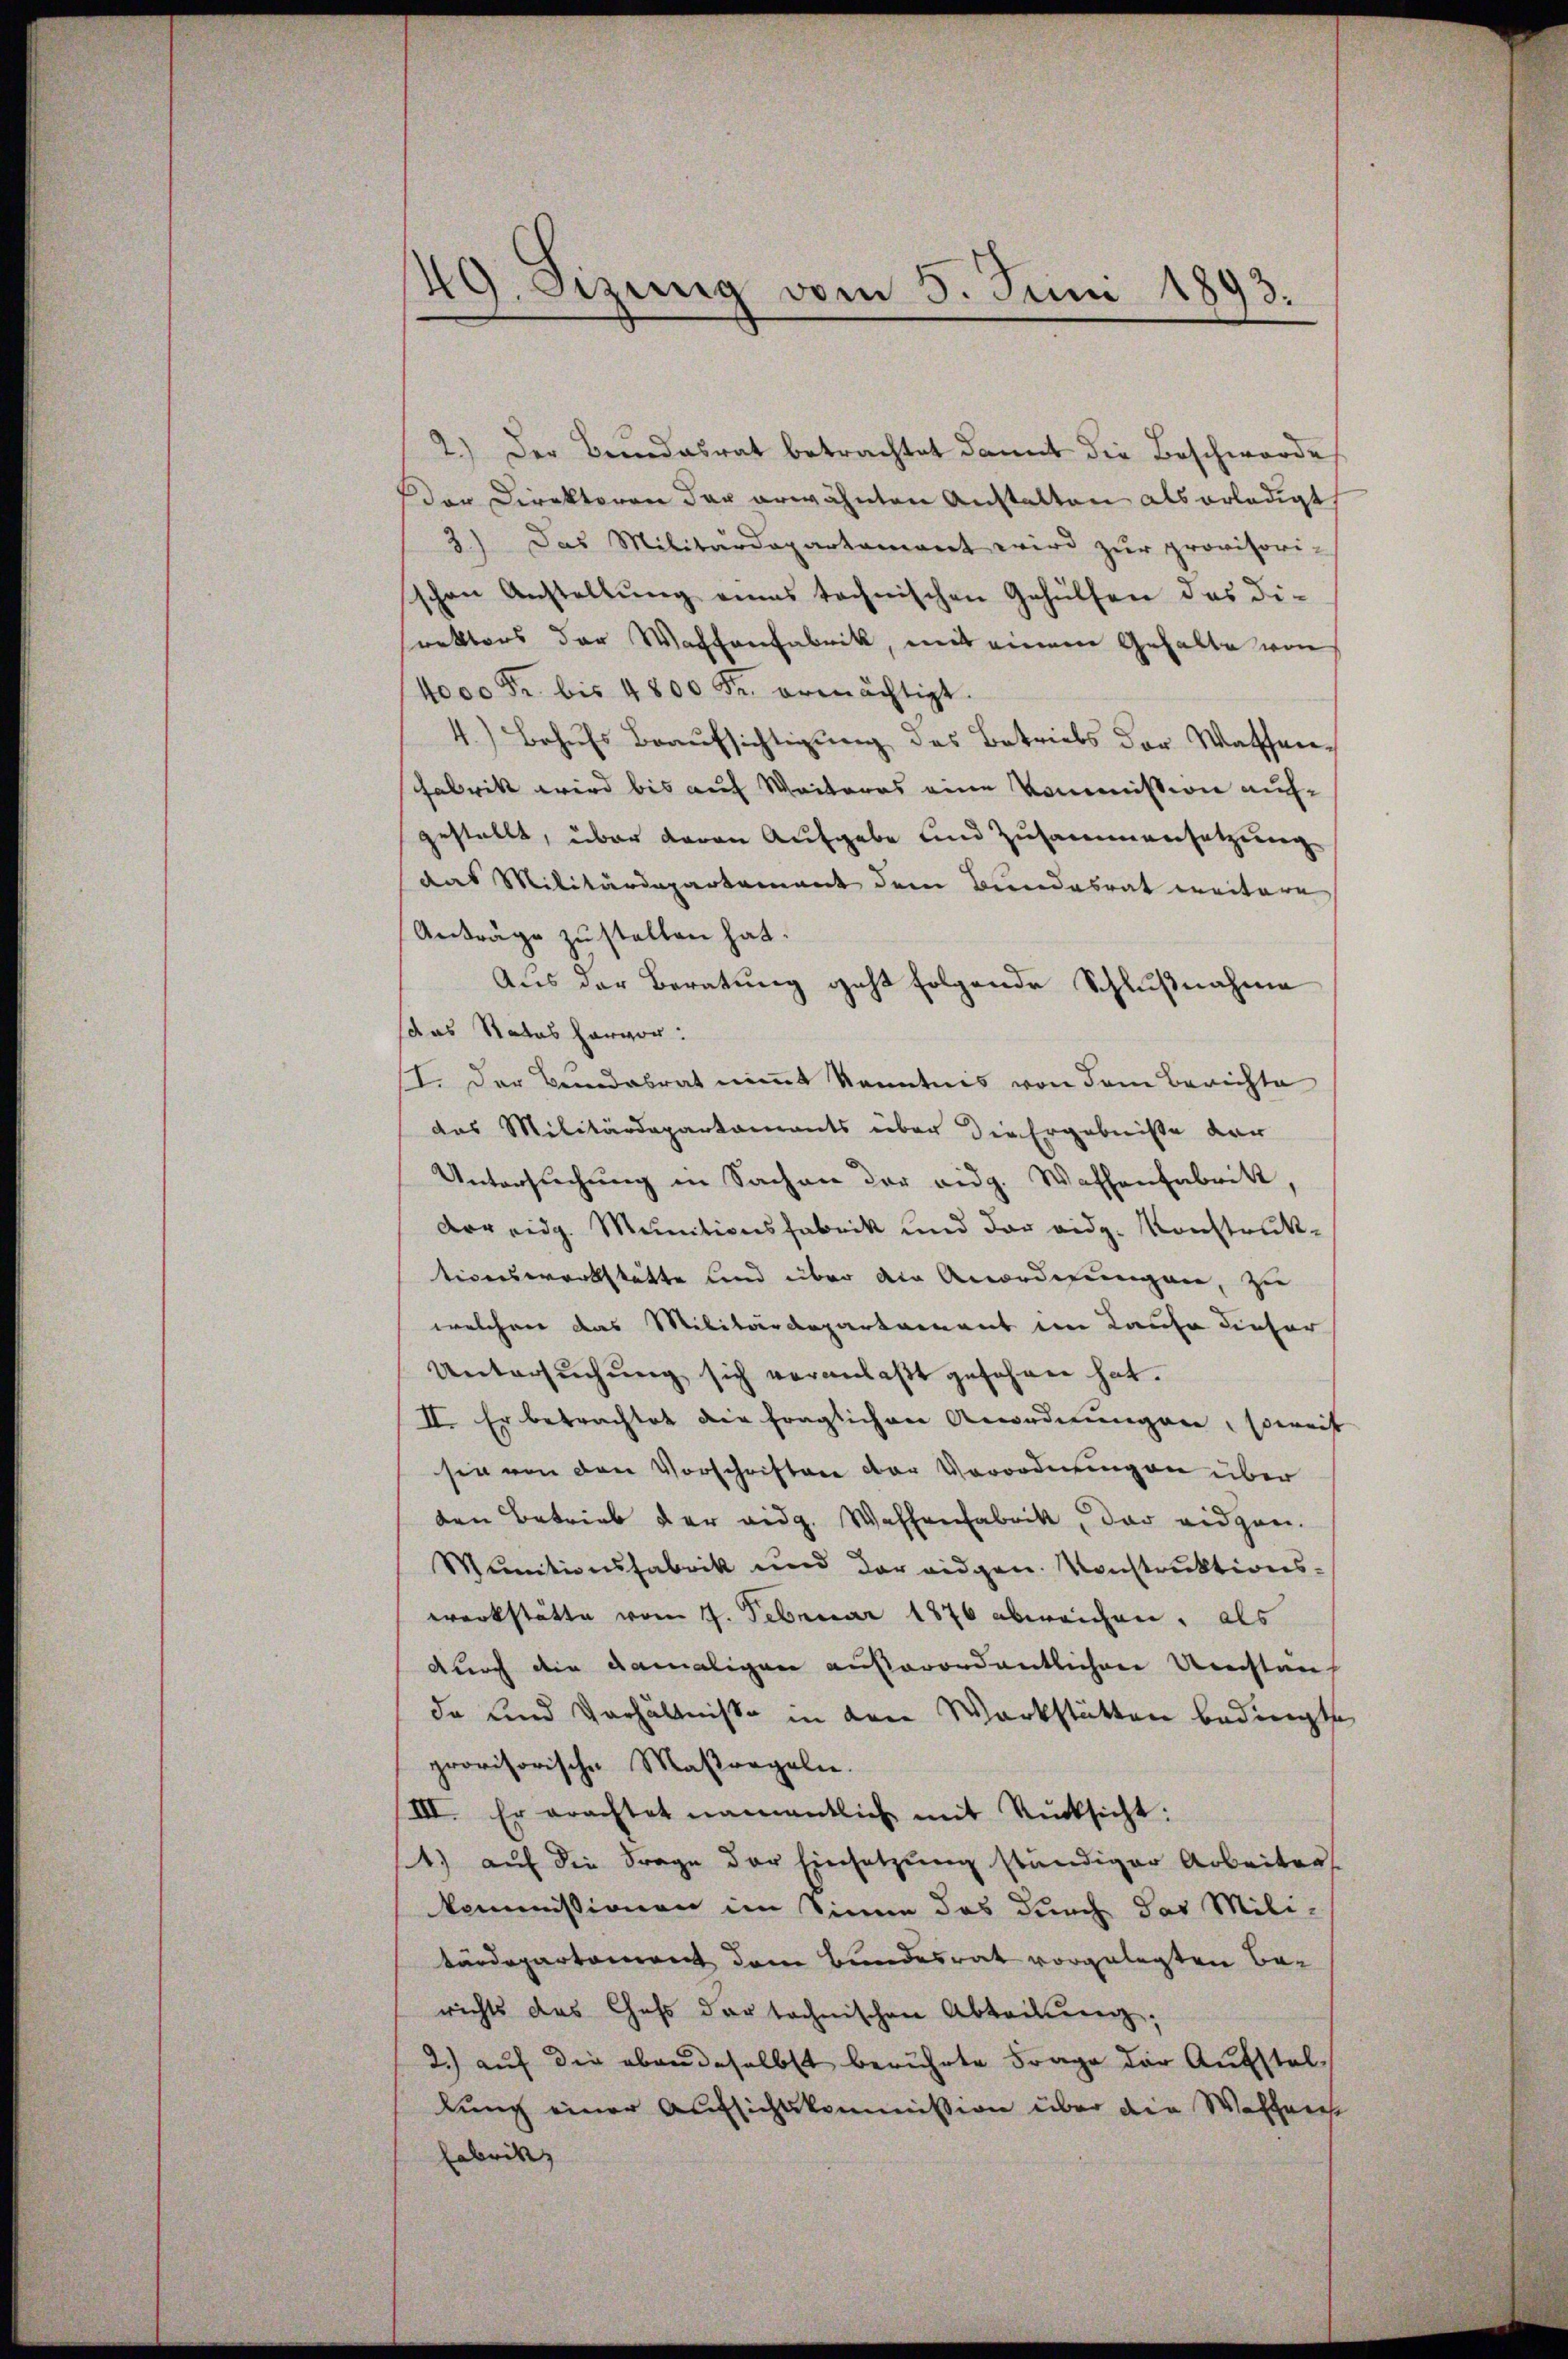
49. Bezung vom 5. Juni 1893.

2.) Der Bundesrat betrachtet damit die Beschwerde
Der Direktoren der erwähnten Anstalten als erledigt
3) Das Militärdepartament wird zŭr provisori-
schen Anstellung eines technischen Gehülfen des Direktors der Wachtanfabrik, mit einem Gehalte von
(4000 Fr. bis 4800 Fr. ermächtigt.
4.) Behufs Beaufsichtigung des Betriebs der Waschen
Fabrik wird bis auf Weiteres eine Kommission aufgestellt, über davon Aufgabe und Zusammensetzung
das Militärdepartement dem Bundesrat weitere
Anträge zustellen hat.
Aus der Beratung geht folgende Schlußnahme
das Status hervor:
II. Der Bandabrat nimmt Kenntnis von dem Berichte
das Militärdepartaments über die Ergebniße der
Untersŭchŭng in Sachen der eidg. Wassenfabrik,
dor eidg. Munitionsfabrik und der eidg. Konstruktionswerkstätte und über die Anordnungen, zu
welchen das Militärdepartement im Kaufe dieser
Untersŭchŭng sich veranlaßt gesehen hat.
II. Er betrachtet die fraglichen Anordnungen, soweit
sin von den Vorschriften der Verordnungen über
den Betrieb der eidg. Waffenfabrik, der eidgen.
Munitionsfabrik und der eidgen. Konstruktionswerkstätte vom 4. Februar 1876 abweichen, als
durch die damaligen außerordentlichen Umstan
da und Verhältnisse in den Werkstätten bedingte
provisorische Maßregeln.
III. Er erachtet namentlich mit Rücksicht:
1) auf die Frage der Einsetzung ständiger Arbeiter
kommissionen im Sinne das durch das Mili-
tärdepartement dem Bundesrat vorgelegten Berichts das Chass der technischen Abteilung,
2.) auf die abendeselbst berührte Frage der Aufstellung einer Aufsichtskommission über die Wassens
Fabrik